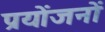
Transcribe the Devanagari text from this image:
प्रयोंजनों